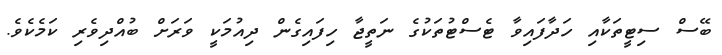
ބޭސް ސިޓީތަކާއި ހަދާފައިވާ ޓެސްޓުތަކުގެ ނަތީޖާ ހިފައިގެން ދިއުމަކީ ވަރަށް ބުއްދިވެރި ކަމެކެވެ.